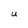
Character: U